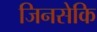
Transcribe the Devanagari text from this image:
जिनसेकि